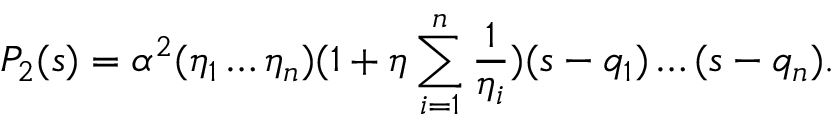
P _ { 2 } ( s ) = \alpha ^ { 2 } ( \eta _ { 1 } \ldots \eta _ { n } ) ( 1 + \eta \sum _ { i = 1 } ^ { n } \frac { 1 } { \eta _ { i } } ) ( s - q _ { 1 } ) \ldots ( s - q _ { n } ) .